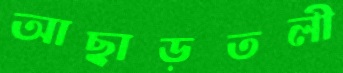
আছাড়তলী